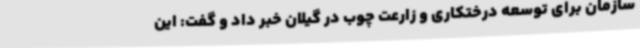
سازمان برای توسعه درختکاری و زارعت چوب در گیلان خبر داد و گفت: این